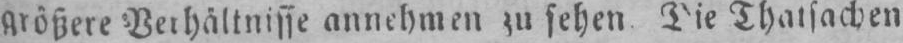
Thatsachen